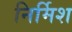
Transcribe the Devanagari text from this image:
निर्मिश